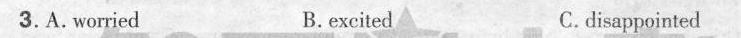
3. A. Worried B. excited C. disappointed